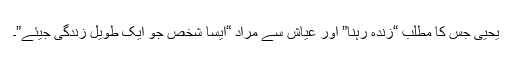
یحییٰ جس کا مطلب “زندہ رہنا” اور عیاش سے مراد “ایسا شخص جو ایک طویل زندگی جیئے”۔